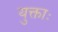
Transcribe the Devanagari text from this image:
युक्ताः